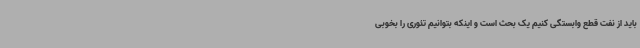
باید از نفت قطع وابستگی کنیم یک بحث است و اینکه بتوانیم تئوری را بخوبی